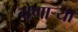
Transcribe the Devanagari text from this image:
नेणाऱ्‍या